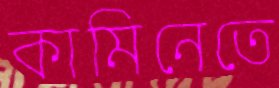
কামিনেতে